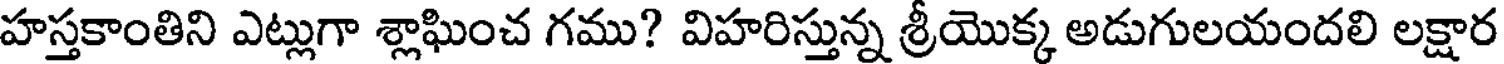
హస్తకాంతిని ఎట్లుగా శ్లాఘించ గము? విహరిస్తున్న శ్రీయొక్క అడుగులయందలి లక్షార